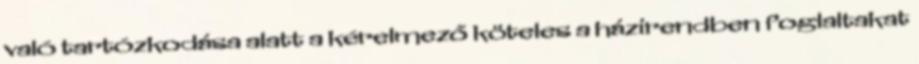
való tartózkodása alatt a kérelmező köteles a házirendben foglaltakat